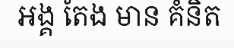
អង្គ តែង មាន គំនិត